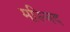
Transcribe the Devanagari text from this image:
मस्जि़द